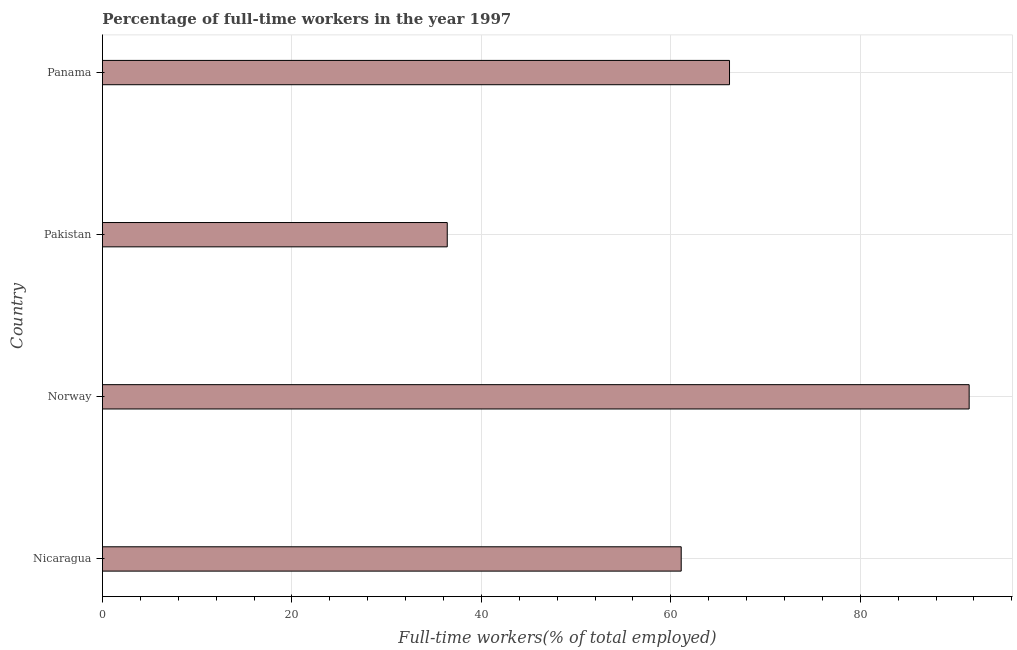
| Country | Wage and salaried workers |
 | --- | --- |
 | Nicaragua | 61.1 |
 | Norway | 91.5 |
 | Pakistan | 36.4 |
 | Panama | 66.2 |